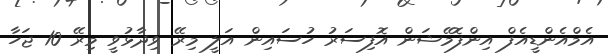
އެމްއެންޑީއެފް އިންފޮމޭޝަން އޮފިސަރު ހުސައިން އަލީ މިރޭ ވިދާޅުވީ މިރޭ 10 ޖަހާ